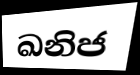
ඛනිජ